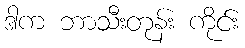
ဒါက ဘာသီးတုန်း ကိုင်း